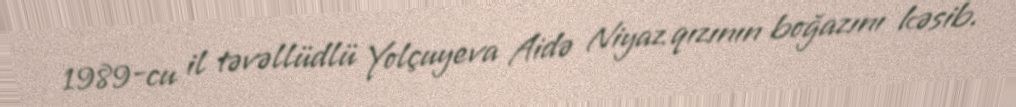
1989-cu il təvəllüdlü Yolçuyeva Aidə Niyaz qızının boğazını kəsib.